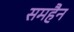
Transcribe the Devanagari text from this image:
समहैन